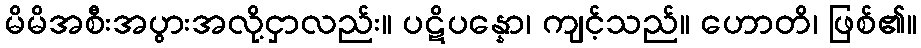
မိမိအစီးအပွားအလို့ငှာလည်း။ ပဋိပန္နော၊ ကျင့်သည်။ ဟောတိ၊ ဖြစ်၏။